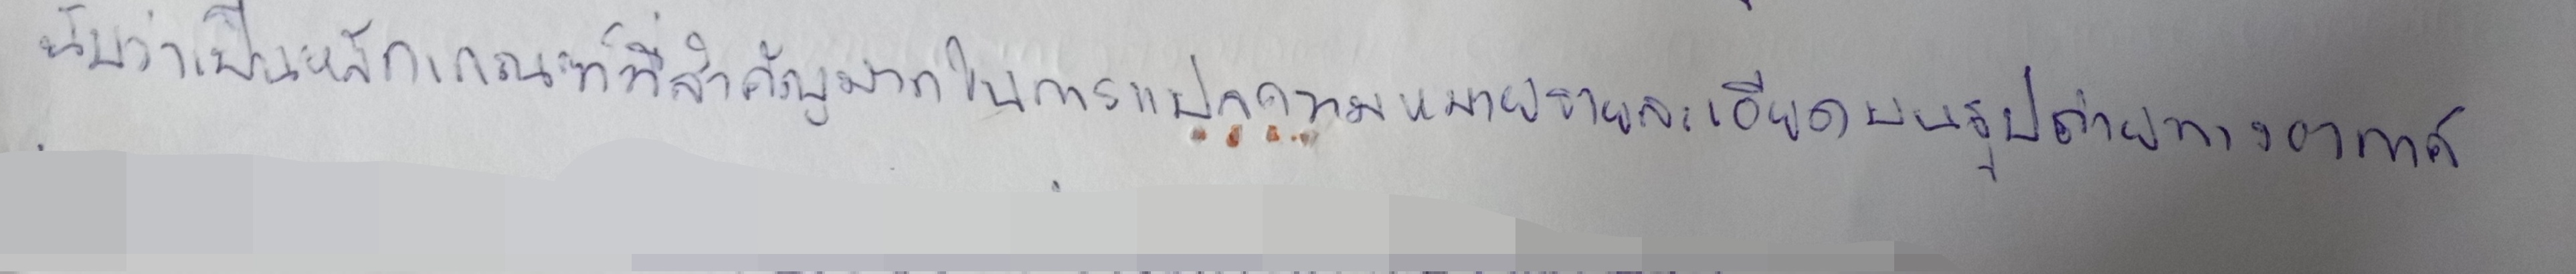
นับว่าเป็นหลักเกณฑ์ที่สำคัญมากในการแปลความหมายรายละเอียดบนรูปถ่ายทางอากาศ